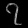
Digit: ၇